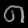
Digit: ၈